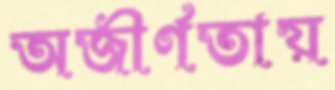
অজীর্ণতায়